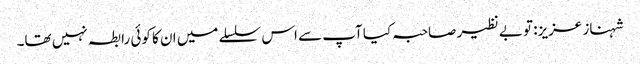
شہناز عزیز: تو بے نظیر صاحبہ کیا آپ سے اس سلسلے میں ان کا کوئی رابطہ نہیں تھا۔